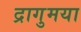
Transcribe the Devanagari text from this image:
द्रागुमया